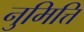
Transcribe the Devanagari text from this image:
नुमित्ति